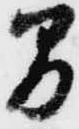
間